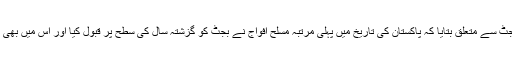
مشیر خزانہ نے دفاعی بجٹ سے متعلق بتایا کہ پاکستان کی تاریخ میں پہلی مرتبہ مسلح افواج نے بجٹ کو گزشتہ سال کی سطح پر قبول کیا اور اس میں بھی کوئی اضافہ نہیں کیا گیا۔